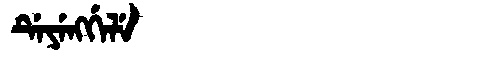
Manchu: ᡩᡝᠶᡝᠩᡤᡝᠯᡝ
Romanization: DEYENGGELE